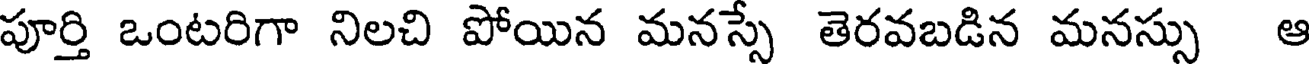
పూర్తి ఒంటరిగా నిలచి పోయిన మనస్సే తెరవబడిన మనస్సు ఆ